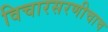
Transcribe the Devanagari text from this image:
विचारसरणीचाच